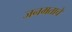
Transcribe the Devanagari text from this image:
जनमताचे